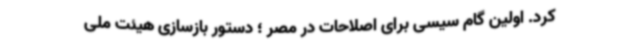
کرد. اولین گام سیسی برای اصلاحات در مصر ؛ دستور بازسازی هیئت ملی